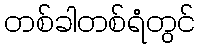
တစ်ခါတစ်ရံတွင်